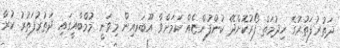
ދަތުރުފަތުރުގެ ޚިދުމަތް ފޯރުކޮށްދޭ ކުންފުންޏެއް ކަމަށްވާ އޫބަރއިން މިވަނީ މުމްބާއީގައި ދަތުރުފަތުރު ކުރާ